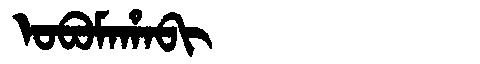
Manchu: ᠣᠪᠣᠮᠠᡥᠠᠪᡳ
Romanization: OBOMAHABI